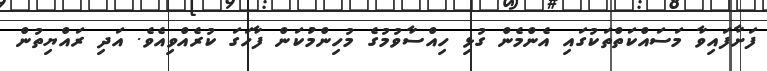
ފަށާފައިވާ މަސައްކަތްތަކުގައި އެންމެން ގުޅި ހިއްސާވުމުގެ މުހިންމުކަން ފާހަގަ ކުރެއްވިއެވެ. އަދި ރައްޔިތުން